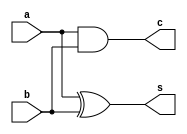
`timescale 1ns / 1ps
//////////////////////////////////////////////////////////////////////////////////
// Company: 
// Engineer: 
// 
// Design Name: 
// Module Name:    half_adder 
// Project Name: 
// Target Devices: 
// Tool versions: 
// Description: 
//
// Dependencies: 
//
// Revision: 
// Revision 0.01 - File Created
// Additional Comments: 
//
//////////////////////////////////////////////////////////////////////////////////
module half_adder(a,b,s,c
    );
input a,b;
output s,c;
assign s= a^b;
assign c= a&b; 


endmodule